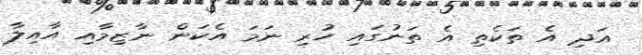
އަދި އެ ތަކެތި އެ ތަނުގައި ހުރި ނަމަ އެކަން ނާޒިމާއި އާއިލާ